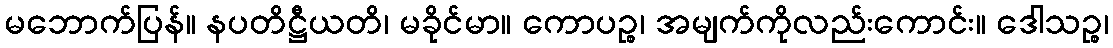
မဘောက်ပြန်။ နပတိဋ္ဌီယတိ၊ မခိုင်မာ။ ကောပဉ္စ၊ အမျက်ကိုလည်းကောင်း။ ဒေါသဉ္စ၊